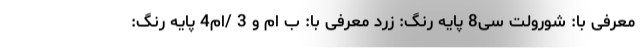
معرفی با: شورولت سی8 پایه رنگ: زرد معرفی با: ب ام و 3 /ام4 پایه رنگ: